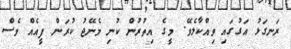
ރަނގަޅު އަގުގައި ވިއްކާލެވޭ. މީގެ އިތުރުން ކުނި މެނޭޖު ކުރަން ފީއެއް ވެސް